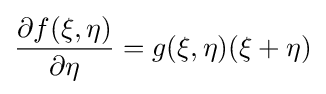
{\frac {\partial f({\bf {\xi }},{\bf {\eta }})}{\partial {\bf {\eta }}}}=g({\bf {\xi }},{\bf {\eta }})({\bf {\xi }}+{\bf {\eta }})